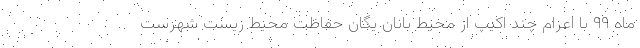
ماه ۹۹ با اعزام چند اکیپ از محیط بانان یگان حفاظت محیط زیست شهرست